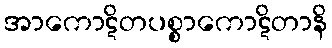
အာကောဋိတပစ္စာကောဋိတာနိ